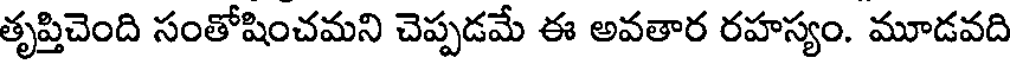
తృప్తిచెంది సంతోషించమని చెప్పడమే ఈ అవతార రహస్యం. మూడవది